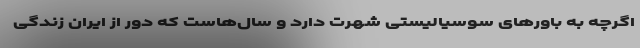
اگرچه به باورهای سوسیالیستی شهرت دارد و سال‌هاست که دور از ایران زندگی